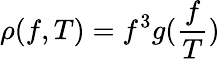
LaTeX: \rho(f,T)=f^{3}g(\frac{f}{T})